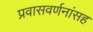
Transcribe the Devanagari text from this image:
प्रवासवर्णनांसह